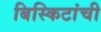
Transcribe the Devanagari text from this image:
बिस्किटांची